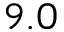
9 . 0